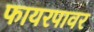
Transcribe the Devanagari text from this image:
फायरपावर